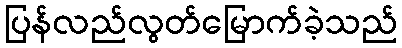
ပြန်လည်လွတ်မြောက်ခဲ့သည်